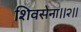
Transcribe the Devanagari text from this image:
शिवसेना।।२।।